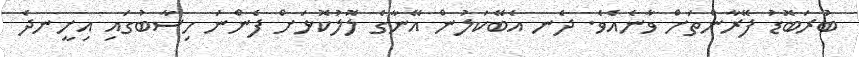
ބުރަބޮޑު ފޭރާންތަށް ވާނެއެވެ. ދެނ އެބޭކަލުން އޭނާގެ ލޮލުކޮޅަށް ފެންނަ ހިސާބުގައި އިށީނދެ